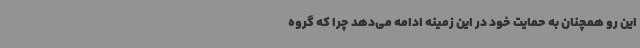
این رو همچنان به حمایت خود در این زمینه ادامه می‌دهد چرا که گروه